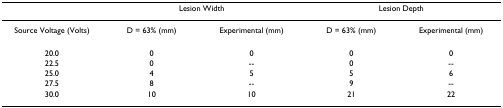
<table><thead><tr><td></td><td colspan="2"><b>Lesion Width</b></td><td colspan="2"><b>Lesion Depth</b></td></tr></thead><tbody><tr><td>Source Voltage (Volts)</td><td>D = 63% (mm)</td><td>Experimental (mm)</td><td>D = 63% (mm)</td><td>Experimental (mm)</td></tr><tr><td>20.0</td><td>0</td><td>0</td><td>0</td><td>0</td></tr><tr><td>22.5</td><td>0</td><td>--</td><td>0</td><td>--</td></tr><tr><td>25.0</td><td>4</td><td>5</td><td>5</td><td>6</td></tr><tr><td>27.5</td><td>8</td><td>--</td><td>9</td><td>--</td></tr><tr><td>30.0</td><td>10</td><td>10</td><td>21</td><td>22</td></tr></tbody></table>